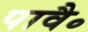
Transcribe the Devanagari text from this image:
पावै॰